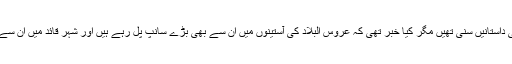
ہم نے تاتاریوں، چنگیزیوں اور نازیوں کے مظالم کی داستانیں سنی تھیں مگر کیا خبر تھی کہ عروس البلاد کی آستینوں میں ان سے بھی بڑے سانپ پل رہے ہیں اور شہر قائد میں ان سے بھی شرمناک مظالم کی داستانیں دہرائی جارہی ہیں۔